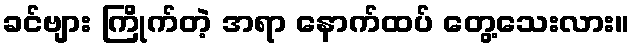
ခင်ဗျား ကြိုက်တဲ့ အရာ နောက်ထပ် တွေ့သေးလား။